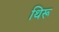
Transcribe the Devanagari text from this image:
थिरू